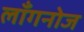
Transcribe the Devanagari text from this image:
लाँगनोज